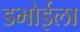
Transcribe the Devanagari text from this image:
डभोईला